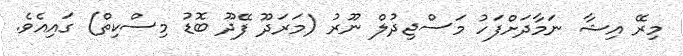
މިރޭ އިޝާ ނަމާދަށްފަހު މަސްޖިދުލް ނޫރު (މަރަދޫ ފޭދޫ ބޮޑު މިސްކިތް) ގައިއެވެ.